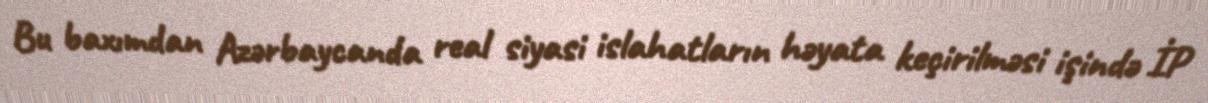
Bu baxımdan Azərbaycanda real siyasi islahatların həyata keçirilməsi işində İP